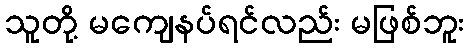
သူတို့ မကျေနပ်ရင်လည်း မဖြစ်ဘူး